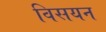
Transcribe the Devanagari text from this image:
विसयन